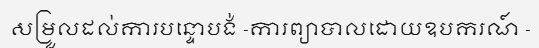
សម្រួលដល់ការបន្ទោបង់ -ការព្យាបាលដោយឧបករណ៍ -